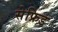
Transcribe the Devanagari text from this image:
सेफ्रिड